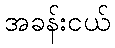
အခန်းငယ်